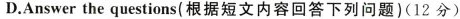
D.Answer the questions(根据短文内容回答下列问题)(12 分)